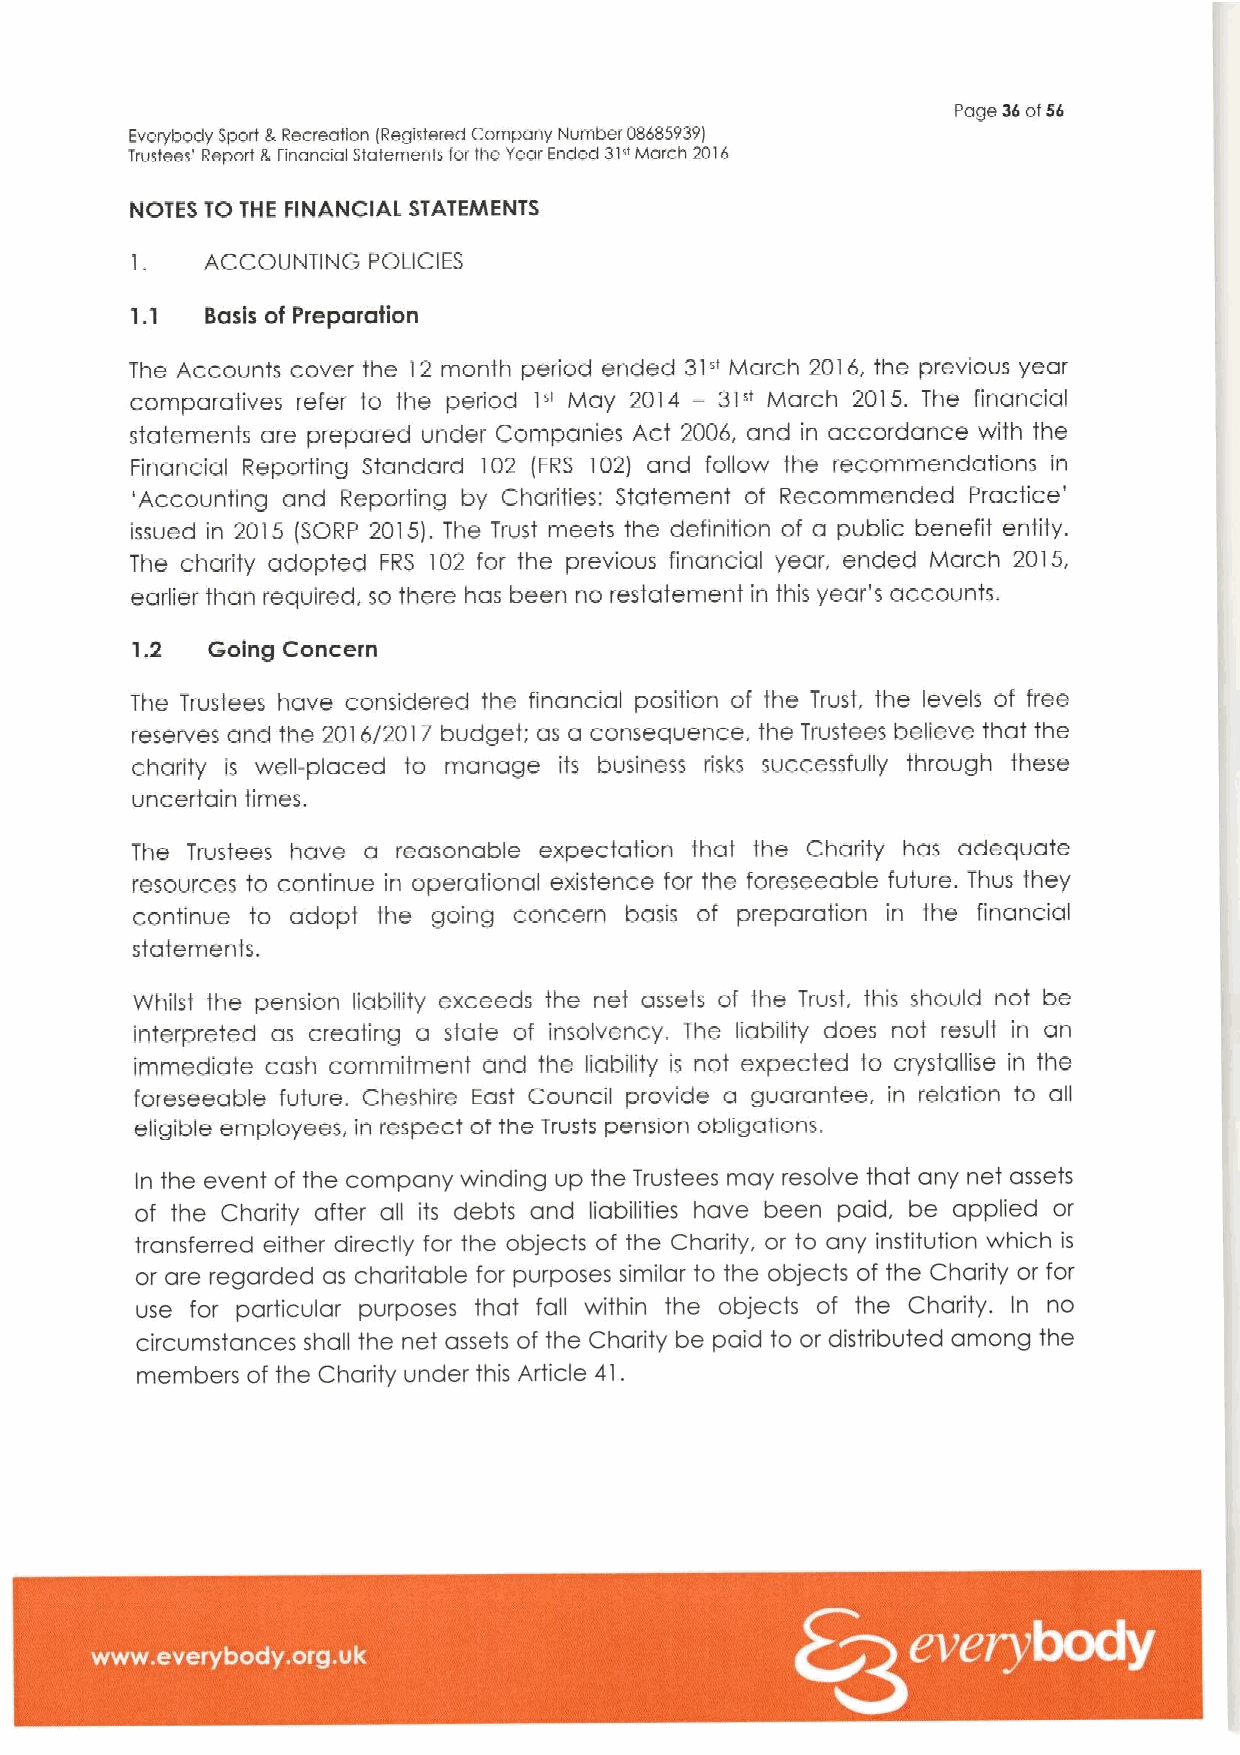
Rage 36of56
 Everybody sport 8,Recreation IRegistered company hlumber 08685939)
 Trustees' Report L Financial Statements tor the Year Endecl 3T"Morch 2016
 NOTES TO THE FINANCIAL STATEAIIENTS
 1.   ACCOUNTING POLICIES
 1. 1 Basis of Preparation
 The Accounts cover the 12 month period ended 31" March 2016, the previous year
 comparatives refer to the period 1" May 2014 —31" March 2015. The financial
 statements are prepared under Companies Act 2006, and in accordance with the
 Financial Reporting Standard 102 (FRS 102) and follow the recommendations in
 'Accounting and Reporting by Charities: Statement of Recommended Practice'
 issued in 2015 (SORP 2015). The Trust meets the definition of a public benefit entity.
 The charity adopted FRS 102 for the previous financial year, ended March 2015,
 earlier than required, so there has been no restatement in this year's accounts.
 1.2  Going Concern
 The Trustees have considered the flnancia position of the Trust, the levels of free
 reserves and the 2016/2017 budget; as a consequence. the Trustees believe that the
 charity is well-placed to manage its business risks successfully through these
 uncertain times.
 The Trustees have a reasonable expectation that the Charity has adequate
 resources to continue in operational existence for the foreseeable future. Thus they
 continue to adopt the going concern basis of preparation in the financial
 statements.
 Whilst the pension liability exceeds the net assets of the Trust, this should not be
 interpreted as creating a state of insolvency. The liability does not result in an
 immediate cash commitment and the liabihty is not expected to crystallise in the
 foreseeable future. Cheshire East Council provide a guarantee, in relation to all
 eligible employees, in respect of the Trusts pension obligations.
 In the event of the company winding up the Trustees may resolve that any net assets
 of the Charity after all its debts and liabilities have been paid, be applied or
 transferred either directly for the objects of the Charity, or to any institution which is
 or are regarded as charitable for purposes similar to the objects of the Charity or for
 use for particular purposes that fall within the objects of the Charity. In no
 circumstances shall the net assets of the Charity be paid to or distributed among the
 members of the Charity under this Article 41.
 ~ ~ ~